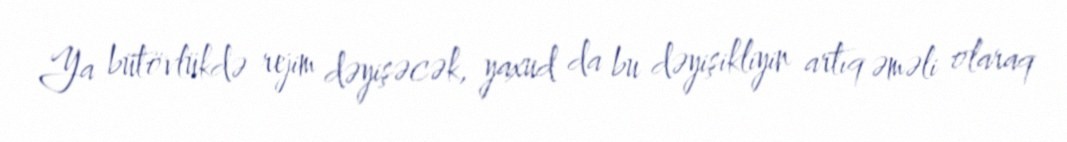
Ya bütövlükdə rejim dəyişəcək, yaxud da bu dəyişikliyin artıq əməli olaraq